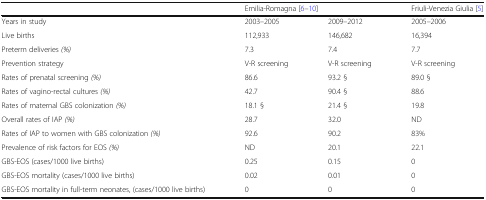
<table><thead><tr><td></td><td colspan="2"><b>Emilia-Romagna [6–10]</b></td><td><b>Friuli-Venezia Giulia [5]</b></td></tr></thead><tbody><tr><td>Years in study</td><td>2003–2005</td><td>2009–2012</td><td>2005–2006</td></tr><tr><td>Live births</td><td>112,933</td><td>146,682</td><td>16,394</td></tr><tr><td>Preterm deliveries <i>(%)</i></td><td>7.3</td><td>7.4</td><td>7.7</td></tr><tr><td>Prevention strategy</td><td>V-R screening</td><td>V-R screening</td><td>V-R screening</td></tr><tr><td>Rates of prenatal screening <i>(%)</i></td><td>86.6</td><td>93.2 §</td><td>89.0 §</td></tr><tr><td>Rates of vagino-rectal cultures <i>(%)</i></td><td>42.7</td><td>90.4 §</td><td>88.6</td></tr><tr><td>Rates of maternal GBS colonization <i>(%)</i></td><td>18.1 §</td><td>21.4 §</td><td>19.8</td></tr><tr><td>Overall rates of IAP <i>(%)</i></td><td>28.7</td><td>32.0</td><td>ND</td></tr><tr><td>Rates of IAP to women with GBS colonization <i>(%)</i></td><td>92.6</td><td>90.2</td><td>83%</td></tr><tr><td>Prevalence of risk factors for EOS <i>(%)</i></td><td>ND</td><td>20.1</td><td>22.1</td></tr><tr><td>GBS-EOS (cases/1000 live births)</td><td>0.25</td><td>0.15</td><td>0</td></tr><tr><td>GBS-EOS mortality (cases/1000 live births)</td><td>0.02</td><td>0.01</td><td>0</td></tr><tr><td>GBS-EOS mortality in full-term neonates, (cases/1000 live births)</td><td>0</td><td>0</td><td>0</td></tr></tbody></table>